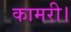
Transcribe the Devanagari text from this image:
कामरी।